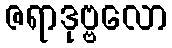
ဇရာဒုဗ္ဗလော